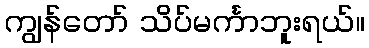
ကျွန်တော် သိပ်မင်္ကာဘူးရယ်။